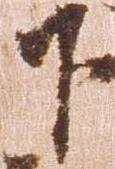
下